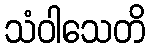
သံဝါသေတိ